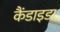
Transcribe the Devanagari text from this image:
कैंडाइडा